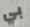
بي